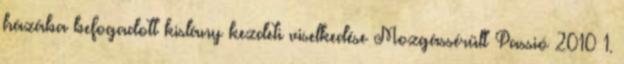
házába befogadott kislány kezdeti viselkedése Mozgássérült Passió 2010 1.